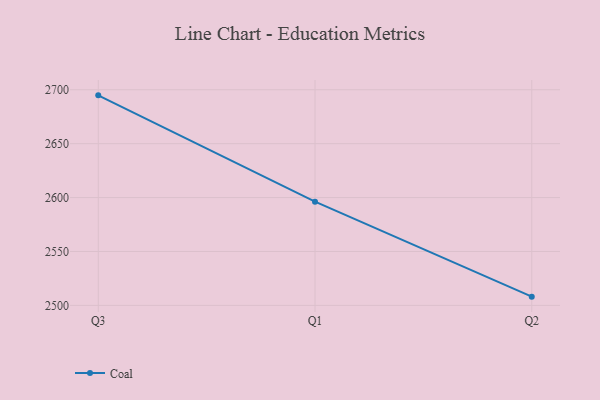
{"axis": {"x": "Quarter", "y": "Headcount"}, "legend": ["Coal"], "data": [{"x": "Q3", "y": 2694.8, "type": "Coal"}, {"x": "Q1", "y": 2596.2, "type": "Coal"}, {"x": "Q2", "y": 2508.1, "type": "Coal"}]}